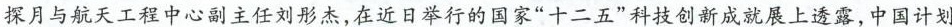
探月与航天工程中心副主任刘彤杰，在近日举行的国家”十二五”科技创新成就展上透露，中国计划